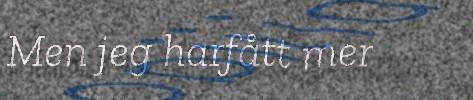
Men jeg harfått mer